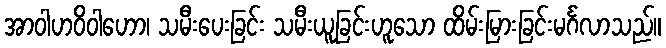
အာဝါဟဝိဝါဟော၊ သမီးပေးခြင်း သမီးယူခြင်းဟူသော ထိမ်းမြားခြင်းမင်္ဂလာသည်။